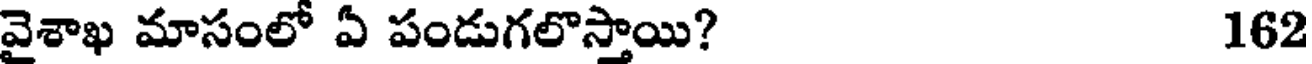
వైశాఖ మాసంలో ఏ పండుగలొస్తాయి? 162